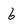
Character: 6